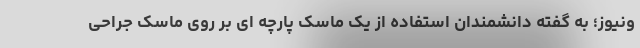
ونیوز؛ به گفته دانشمندان استفاده از یک ماسک پارچه ای بر روی ماسک جراحی